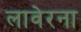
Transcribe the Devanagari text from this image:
लावेरना